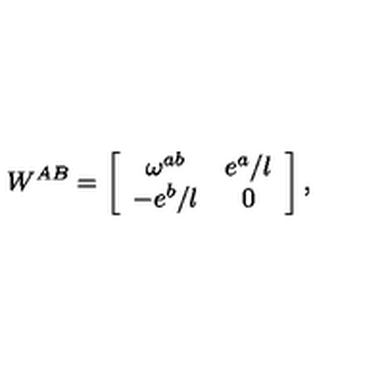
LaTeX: W ^ { A B } = \left[ \begin{array} { c c } { \omega ^ { a b } } & { e ^ { a } / l } \\ { - e ^ { b } / l } & { 0 } \\ \end{array} \right] ,